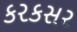
કરકસર